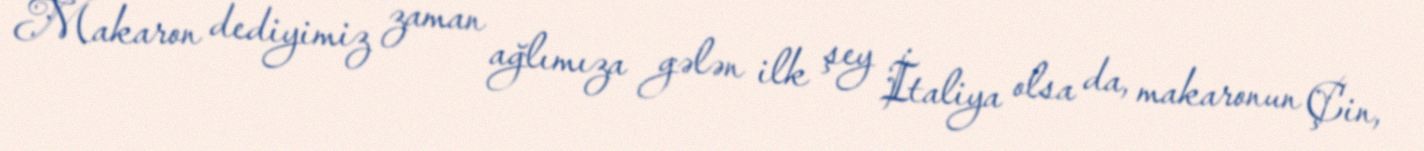
Makaron dediyimiz zaman ağlımıza gələn ilk şey İtaliya olsa da, makaronun Çin,